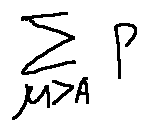
\sum \limits _ { \mu > A } P